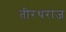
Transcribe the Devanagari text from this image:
तीरथराज